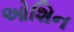
ઓશિન